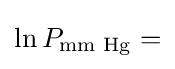
\ln P_{\text{mm Hg}}=